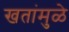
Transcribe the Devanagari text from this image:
खतांमुळे